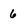
Character: 6